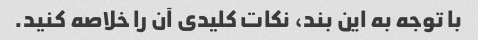
با توجه به این بند، نکات کلیدی آن را خلاصه کنید.